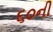
૬૦ની